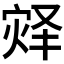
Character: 𪹀